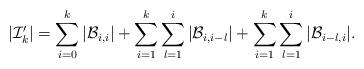
LaTeX: \begin{align*}|\mathcal{I}'_k|=\sum^k_{i=0}|\mathcal{B}_{i,i}|+\sum^k_{i=1}\sum^i_{l=1}|\mathcal{B}_{i,i-l}|+\sum^k_{i=1}\sum^i_{l=1}|\mathcal{B}_{i-l,i}|.\end{align*}